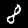
Label: 8